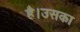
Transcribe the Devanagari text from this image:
है।उसका